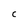
Character: C